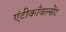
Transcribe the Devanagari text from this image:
एंटीकाँवल्सेंट